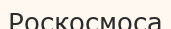
Роскосмоса